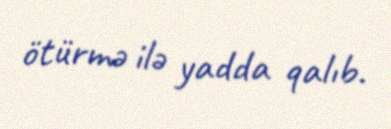
ötürmə ilə yadda qalıb.